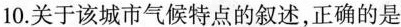
10.关于该城市气候特点的叙述，正确的是